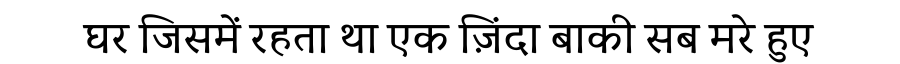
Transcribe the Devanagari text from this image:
घर जिसमें रहता था एक ज़िंदा बाकी सब मरे हुए